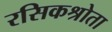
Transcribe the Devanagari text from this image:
रसिकश्रोता